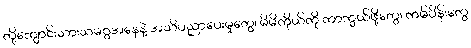
တို့ကျောင်းသားသမဂ္ဂအနေနဲ့ အသိပညာပေးမှုတွေ၊ မိမိကိုယ်ကို ကာကွယ်ဖို့တွေ၊ ကမ်ပိန်းတွေ